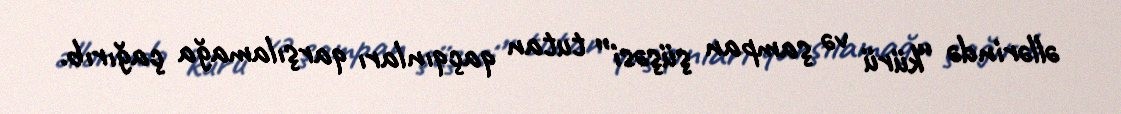
əllərində “kürü və şampan şüşəsi” tutan qaçqınları qarşılamağa çağırıb.